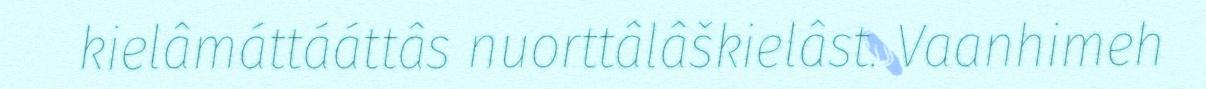
kielâmáttááttâs nuorttâlâškielâst. Vaanhimeh